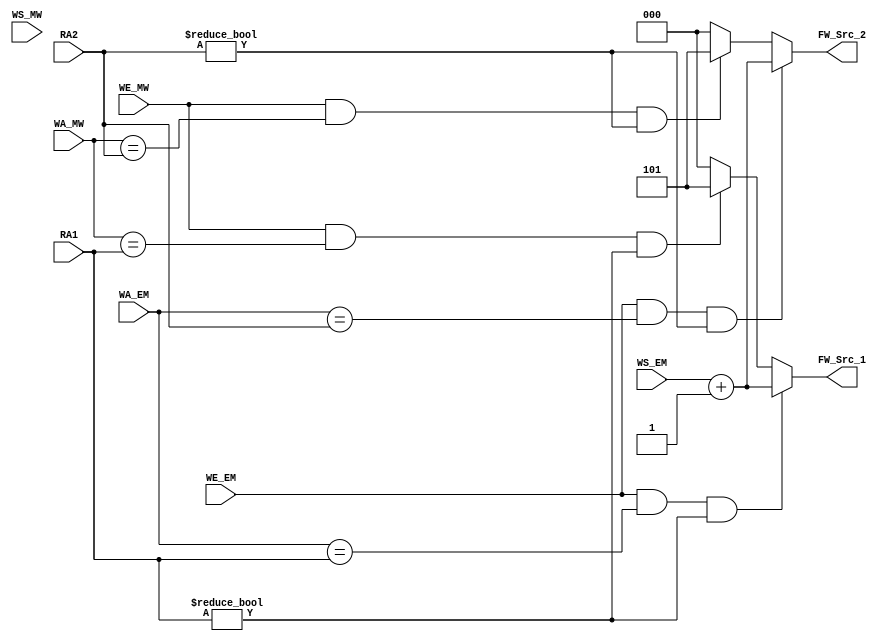
module EXE_Fwd_Unit(
        input wire [4:0]    RA1,
        input wire [4:0]    RA2,
        input wire [4:0]    WA_EM,
        input wire          WE_EM,
        input wire [2:0]    WS_EM,
        input wire [4:0]    WA_MW,
        input wire          WE_MW,
        input wire [2:0]    WS_MW,
        output reg [2:0]    FW_Src_1,
        output reg [2:0]    FW_Src_2
    );
    
    //Forwarding for RD1
    always @ (*) begin
        if(WE_EM && WA_EM == RA1 && RA1 != 0) begin
            FW_Src_1 = WS_EM + 3'b1; //Forward data by selecting mux input
        end
        else if(WE_MW && WA_MW == RA1 && RA1 != 0) begin
            FW_Src_1 = 3'b101; //Forward data from WB stage by selecting mux input
        end
        
        else FW_Src_1 = 3'b000; //Not writing back, don't forward
    end
    
    //Fowarding for RD2
    always @ (*) begin
        if(WE_EM && WA_EM == RA2 && RA2 != 0) begin
            FW_Src_2 = WS_EM + 3'b1; //Forward data by selecting mux input
        end
        else if(WE_MW==1 && WA_MW == RA2 && RA2 != 0) begin
            FW_Src_2 = 3'b101; //Forward data from WB stage by selecting mux input
        end
        else FW_Src_2 = 3'b000; //Not writing back, don't forward
    end

endmodule